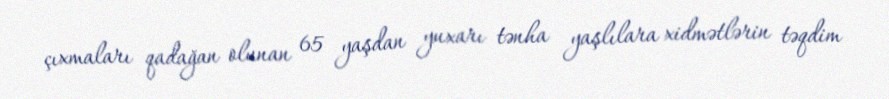
çıxmaları qadağan olunan 65 yaşdan yuxarı tənha yaşlılara xidmətlərin təqdim